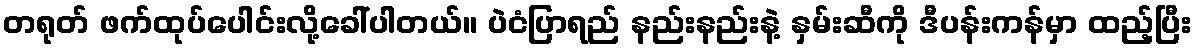
တရုတ် ဖက်ထုပ်ပေါင်းလို့ခေါ်ပါတယ်။ ပဲငံပြာရည် နည်းနည်းနဲ့ နှမ်းဆီကို ဒီပန်းကန်မှာ ထည့်ပြီး